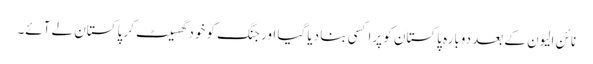
نائن الیون کے بعد دوبارہ پاکستان کو پراکسی بنا دیا گیا اور جنگ کو خود گھسیٹ کر پاکستان لے آئے۔